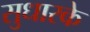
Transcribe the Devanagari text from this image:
सुधारके